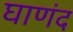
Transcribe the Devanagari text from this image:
घाणंद